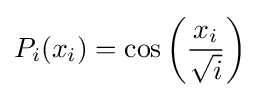
P_{i}(x_{i})=\cos \left({\frac {x_{i}}{\sqrt {i}}}\right)